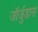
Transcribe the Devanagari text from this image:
जॉर्जुडास